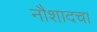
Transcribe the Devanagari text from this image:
नौशादचा